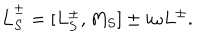
LaTeX: \dot { L } _ { S } ^ { \pm } = [ L _ { S } ^ { \pm } , M _ { S } ] \pm i \omega L ^ { \pm } .